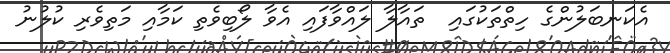
އެކަނބަލުންގެ ހިތްތަކުގައި  ތައާލާ ލައްވާފައި އެވާ ލޯބިވެތި ކަމާއި މަތިވެރި ކުލުނު